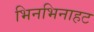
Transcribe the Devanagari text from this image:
भिनभिनाहट